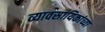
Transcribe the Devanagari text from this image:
व्यावसायिकांच्या